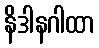
နိဒါနဂါထာ